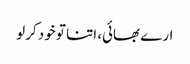
ارے بھائی، اتنا تو خود کرلو